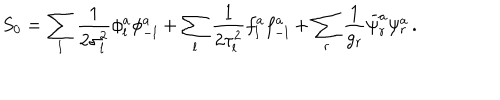
LaTeX: S _ { 0 } = \sum _ { l } { \frac { 1 } { 2 \sigma _ { l } ^ { 2 } } } \phi _ { l } ^ { a } \phi _ { - l } ^ { a } + \sum _ { l } { \frac { 1 } { 2 \tau _ { l } ^ { 2 } } } f _ { l } ^ { a } f _ { - l } ^ { a } + \sum _ { r } { \frac { 1 } { g _ { r } } } \bar { \psi } _ { r } ^ { a } \psi _ { r } ^ { a } \, .